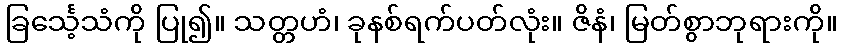
ခြင်္သေ့သံကို ပြု၍။ သတ္တဟံ၊ ခုနစ်ရက်ပတ်လုံး။ ဇိနံ၊ မြတ်စွာဘုရားကို။